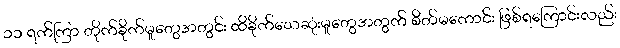
၁၁ ရက်ကြာ တိုက်ခိုက်မှုတွေအတွင်း ထိခိုက်သေဆုံးမှုတွေအတွက် စိတ်မကောင်း ဖြစ်ရကြောင်းလည်း